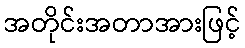
အတိုင်းအတာအားဖြင့်